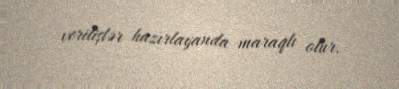
verilişlər hazırlayanda maraqlı olur.